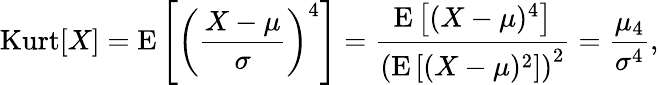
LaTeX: \operatorname{Kurt}[X]=\operatorname{E}\left[\left({\frac{X-\mu}{\sigma}}\right)^{4}\right]={\frac{\operatorname{E}\left[(X-\mu)^{4}\right]}{\left(\operatorname{E}\left[(X-\mu)^{2}\right]\right)^{2}}}={\frac{\mu_{4}}{\sigma^{4}}},